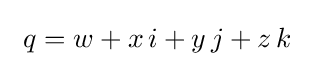
~q=w+x\,i+y\,j+z\,k~